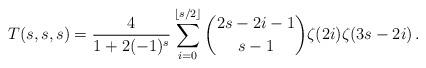
LaTeX: \begin{align*}T(s,s,s) = \frac{4}{{1 + 2( - 1)^s }}\sum_{i = 0}^{\lfloor {s/2} \rfloor } {\binom{2s-2i-1}{s-1}\zeta (2i)\zeta (3s - 2i)}\,.\end{align*}